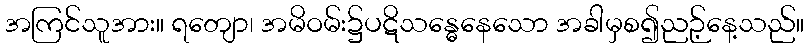
အကြင်သူအား။ ရတျော၊ အမိဝမ်း၌ပဋိသန္ဓေနေသော အခါမှစ၍ညဉ့်နေ့သည်။